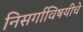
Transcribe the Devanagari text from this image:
निसर्गाविषयीचे